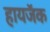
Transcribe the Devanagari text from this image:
हायजॅक